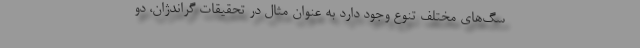
سگ‌های مختلف تنوع وجود دارد به عنوان مثال در تحقیقات گراندژان، دو